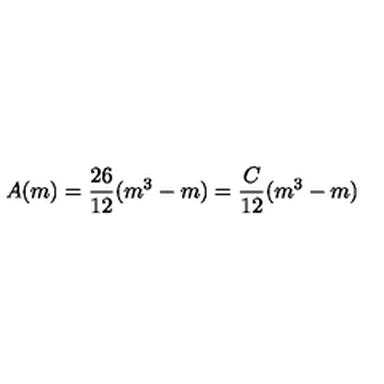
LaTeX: A ( m ) = \frac { 2 6 } { 1 2 } ( m ^ { 3 } - m ) = \frac { C } { 1 2 } ( m ^ { 3 } - m )